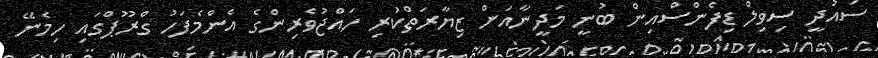
ސައުދީ ސިވިލް ޑިފެންސްއިން ބުނީ މަދީނާއަށް ޒިޔާރަތްކުރި ހައްޖުވެރިންގެ އެންމެފަހު ގްރޫޕްގައި ހިމެނޭ